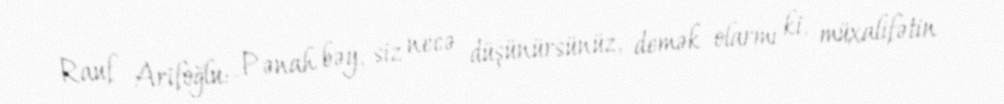
Rauf Arifoğlu:- Pənah bəy, siz necə düşünürsünüz, demək olarmı ki, müxalifətin